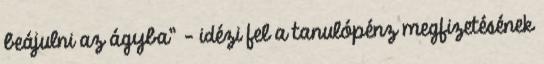
beájulni az ágyba” – idézi fel a tanulópénz megfizetésének